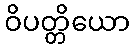
ဝိပတ္တိယော